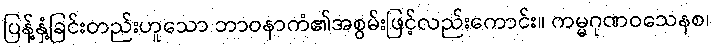
ပြန့်နှံ့ခြင်းတည်းဟူသော ဘာဝနာကံ၏အစွမ်းဖြင့်လည်းကောင်း။ ကမ္မဂုဏဝသေနစ၊